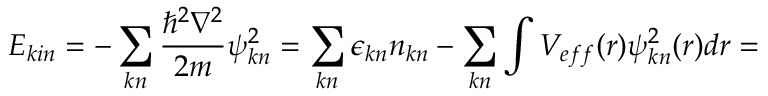
E _ { k i n } = - \sum _ { k n } \frac { \hbar ^ { 2 } \nabla ^ { 2 } } { 2 m } \psi _ { k n } ^ { 2 } = \sum _ { k n } \epsilon _ { k n } n _ { k n } - \sum _ { k n } \int V _ { e f f } ( r ) \psi _ { k n } ^ { 2 } ( r ) d r =